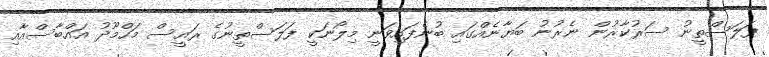
ފަލަސްތީނު ސަރުކާރުން ނެރުނު ބަޔާނެއްގައި ބުނެފައިވަނީ މިލޯނަކީ ފަލަސްތީނުގެ ރައީސް މަހްމޫދު އައްބާސްއާއި